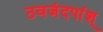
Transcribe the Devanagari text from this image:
ठवजंदपांश्